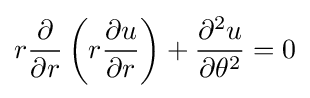
r{\frac {\partial }{\partial r}}\left(r{\frac {\partial u}{\partial r}}\right)+{\frac {\partial ^{2}u}{\partial \theta ^{2}}}=0